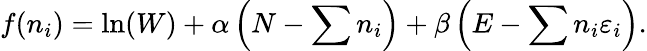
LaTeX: f(n_{i})=\ln(W)+\alpha\left(N-\sum n_{i}\right)+\beta\left(E-\sum n_{i}\varepsilon_{i}\right).